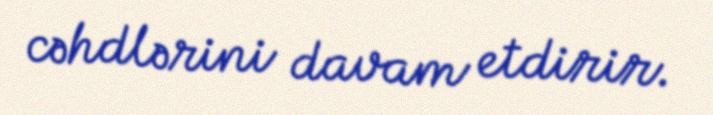
cəhdlərini davam etdirir.